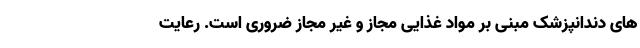
های دندانپزشک مبنی بر مواد غذایی مجاز و غیر مجاز ضروری است. رعایت